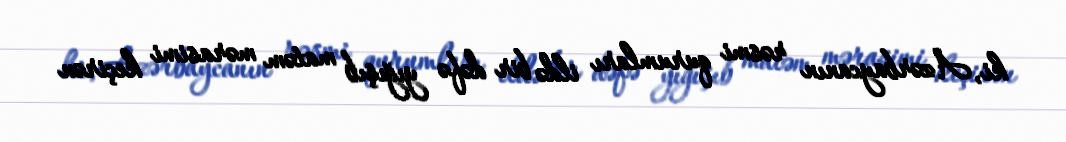
ki, Azərbaycanın rəsmi qurumları ildə bir dəfə yığışıb matəm mərasimi keçirən